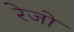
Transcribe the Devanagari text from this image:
रेजो